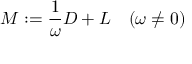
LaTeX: M : = { \frac { 1 } { \omega } } D + L \quad ( \omega \neq 0 )